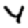
Digit: 4